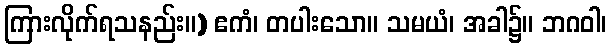
ကြားလိုက်ရသနည်း။) ဧကံ၊ တပါးသော။ သမယံ၊ အခါ၌။ ဘဂဝါ၊